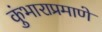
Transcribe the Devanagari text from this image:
कुंभाराप्रमाणे